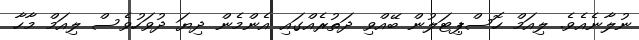
ނުލާނެއެވެ. ލިއަމް ހޮސްޕިޓަލުން ބޭއްވި ދަތުރެއްގައި އެންމެން ދިޔަ ދުވަހުވެސް ލިއަމް މާހާ